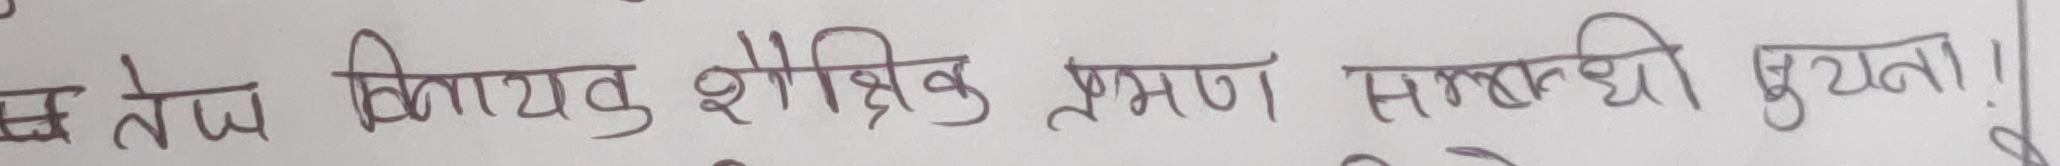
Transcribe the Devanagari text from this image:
छ तेज किताब शैक्षिक भ्रमण सम्बन्धी सूचना !